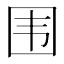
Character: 围